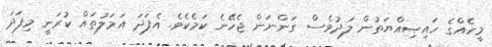
މީހެއްގެ ހައިޞިއްޔަތުން ލަދުވެސް ގަންނަން ޖެހޭނެ ކަމެކެވެ. އެފަދަ އަމަލުތައް ކުރަނީ މިފަދަ